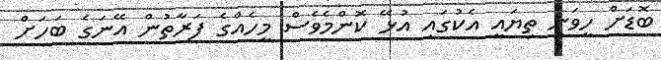
ބޮޑަށް ހީވަނީ ތިޔައީ އެކުގައި އުޅޭ ކޮންމެވެސް މީހެއްގެ ފަރާތުން އޭނަގެ ބަހަށް